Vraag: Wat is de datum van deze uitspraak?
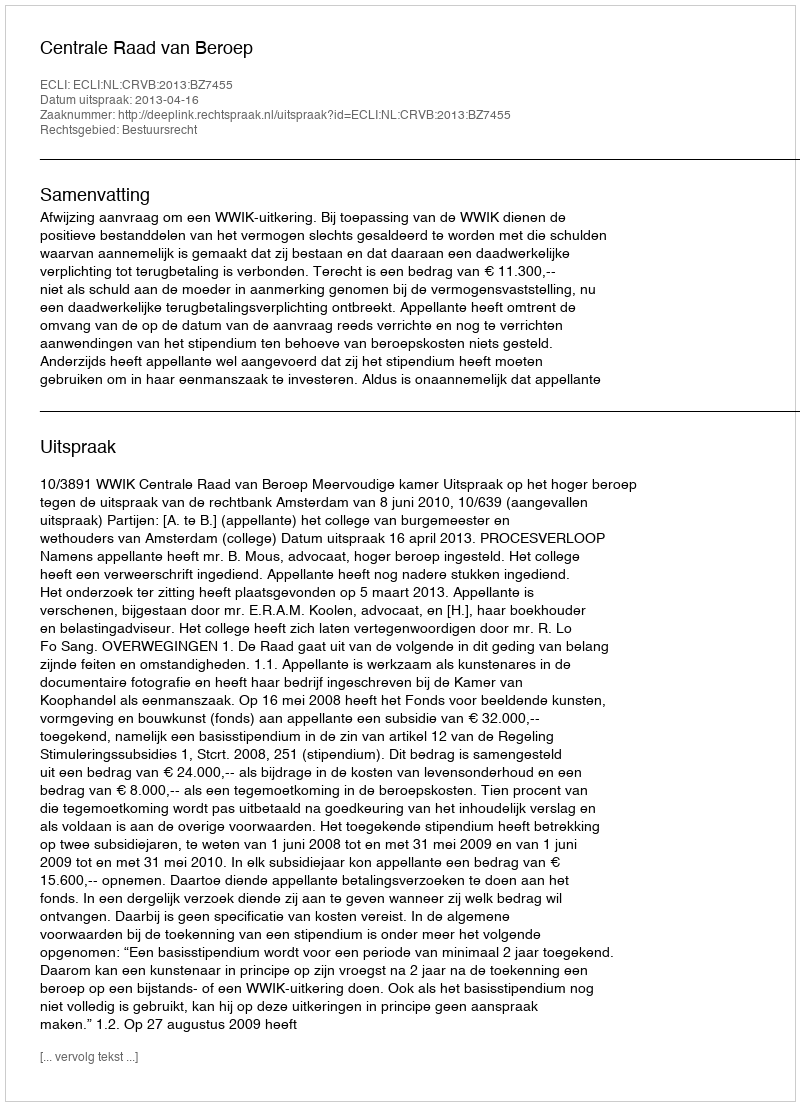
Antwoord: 2013-04-16